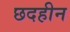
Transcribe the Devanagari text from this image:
छदहीन